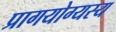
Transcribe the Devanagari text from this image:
प्रागयोग्यस्य